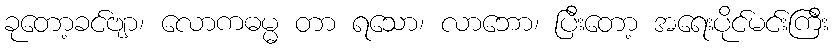
ခုတော့ခင်ဗျာ၊ လောကဓမ္မ တာ ရသော၊ လာဘော၊ ပြီးတော့ အရေးပိုင်မင်းကြီး